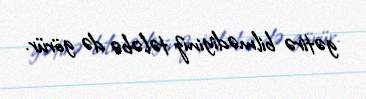
gətirə bilmədiyiniz tələbə də görür.